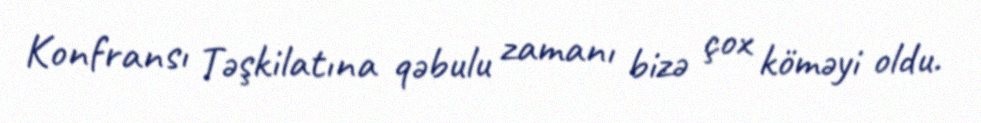
Konfransı Təşkilatına qəbulu zamanı bizə çox köməyi oldu.